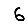
Digit: 6